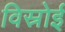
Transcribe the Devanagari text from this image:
विस्रोई